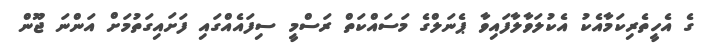
ގެ އެހީތެރިކަމާއެކު އެކުލަވާލާފައިވާ ޕެނަލްގެ މަސައްކަތް ރަސްމީ ސިފައެއްގައި ފަށައިގަތުމަށް އަންނަ ޖޫން